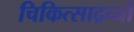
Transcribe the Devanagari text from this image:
चिकित्साद्रव्यों